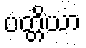
ပတ္တိယာ